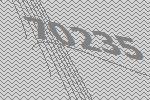
70235